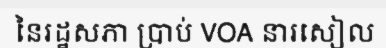
នៃរដ្ឋសភា ប្រាប់ VOA នារសៀល